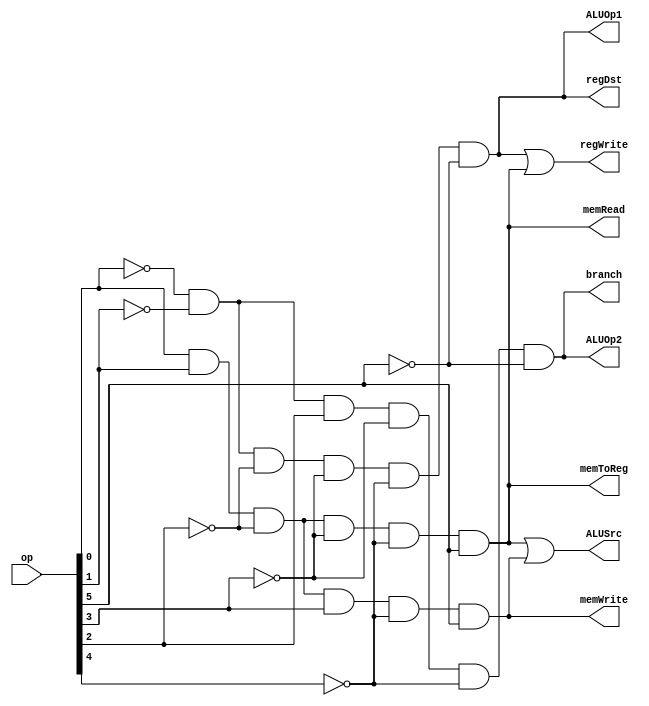
module ANDarray (regDst, ALUSrc, memToReg, regWrite, memRead, memWrite, branch, ALUOp1, ALUOp2, op);
	input[5:0] op;
	output regDst, ALUSrc, memToReg, regWrite, memRead, memWrite, branch, ALUOp1, ALUOp2;
	
	wire Rformat, lw, sw, beq;
	
	assign Rformat = (~op[0]) & (~op[1]) & (~op[2]) & (~op[3]) & (~op[4]) & (~op[5]), lw = (op[0]) & (op[1]) & (~op[2]) & (~op[3]) & (~op[4]) & (op[5]), sw = (op[0]) & (op[1]) & (~op[2]) & (op[3]) & (~op[4]) & (op[5]), beq = (~op[0]) & (~op[1]) & (op[2]) & (~op[3]) & (~op[4]) & (~op[5]);
	
	assign regDst = Rformat;
	assign ALUSrc = lw | sw;
	assign memToReg =  lw;
	assign regWrite = Rformat | lw;
	assign memRead = lw;
	assign memWrite = sw;
	assign branch = beq;
	assign ALUOp1 = Rformat;
	assign ALUOp2 = beq;
	
endmodule

module ALUControl(operation, ALUOp, ff);
	input[1:0] ALUOp;
	input [5:0] ff;
	output [2:0] operation;
	
	wire w0, w1, w2, w3;
	
	assign w0 = ff[0] | ff[3];
	assign operation[0] = ALUOp[1] & w0;
	
	assign w1 = ~ff[2];
	assign w2 = ~ALUOp[1];
	assign operation[1] = w2 | w1;
	
	assign w3 = ff[1] & ALUOp[1];
	assign operation[2] = w3 | ALUOp[0];
	
endmodule